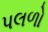
પલળો